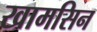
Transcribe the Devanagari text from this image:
खामसिन